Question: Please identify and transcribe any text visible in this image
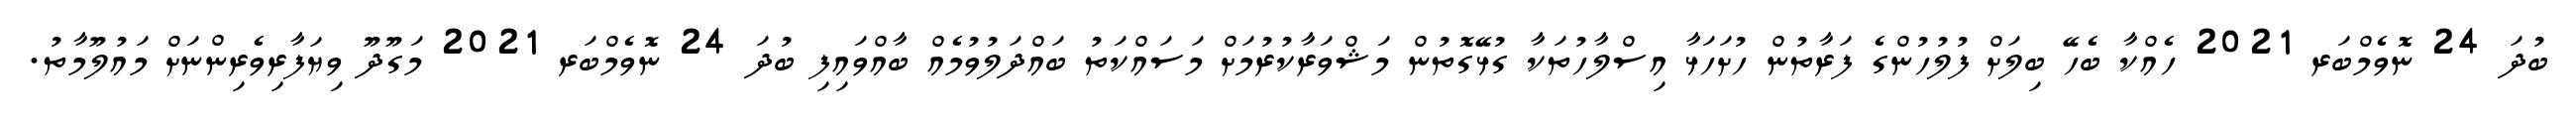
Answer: ބުދަ 24 ނޮވެމްބަރ 2021 ހެއްކާ ބެހޭ ބިލަށް ފުލުހުންގެ ފަރާތުން ހުށަހަޅާ އިސްލާހުތަކާ ގުޅޭގޮތުން މަޝްވަރާކުރުމަށް މަސައްކަތު ބައްދަލުވުމެއް ބާއްވައިފި ބުދަ 24 ނޮވެމްބަރ 2021 މަގޫދޫ ވިޔަފާރިވެރިންނަށް މައުލޫމާތު.